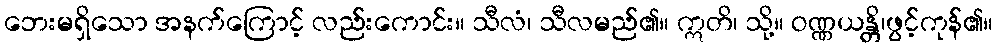
ဘေးမရှိသော အနက်ကြောင့် လည်းကောင်း။ သီလံ၊ သီလမည်၏။ ဣတိ၊ သို့။ ဝဏ္ဏယန္တိ၊ဖွင့်ကုန်၏။